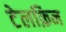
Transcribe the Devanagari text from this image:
टेलफ़िन